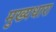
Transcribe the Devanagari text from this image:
मुख्‍यधारा